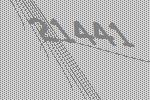
21441